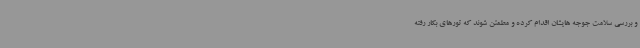
و بررسی سلامت جوجه هایشان اقدام کرده و مطمئن شوند که تورهای بکار رفته